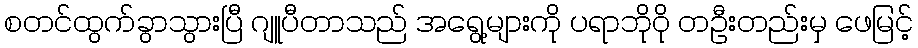
စတင်ထွက်ခွာသွားပြီ ဂျူပီတာသည် အရွေ့များကို ပရာဘိုဝို တဦးတည်းမှ ဖေမြင့်